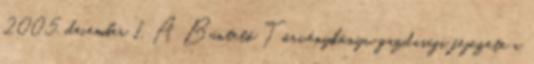
2005. december 1. A Büntető Törvénykönyv gazdasági fejezete a